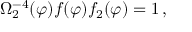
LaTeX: \Omega _ { 2 } ^ { - 4 } ( \varphi ) f ( \varphi ) f _ { 2 } ( \varphi ) = 1 \, ,